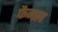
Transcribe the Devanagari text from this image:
फैगल